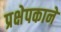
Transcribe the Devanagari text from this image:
प्रक्षेपकाने